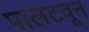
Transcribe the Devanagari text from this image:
पालटवून